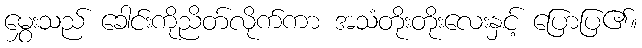
မွှေးသည် ခေါင်းကိုညိတ်လိုက်ကာ အသံတိုးတိုးလေးနှင့် ပြောပြ၏။